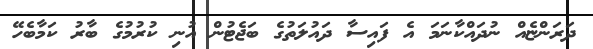
ދަރަންޏެއް ނުދައްކާނަމަ އެ ފައިސާ ދައުލަތުގެ ބަޖެޓުން އުނި ކުރުމުގެ ބާރު ކަމާބެހޭ